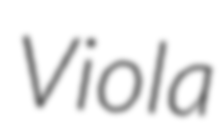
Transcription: Viola